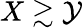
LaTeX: X\gtrsim\mathcal{Y}